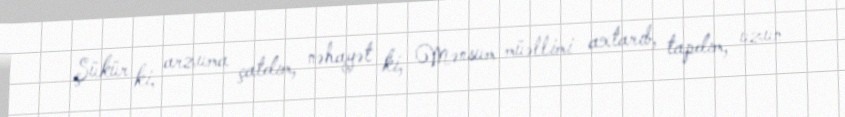
Şükür ki, arzuma çatdım, nəhayət ki, Mənsum müəllimi axtarıb, tapdım, uzun